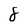
Character: 8